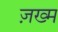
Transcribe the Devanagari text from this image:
ज़ख्‍म